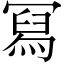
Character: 冩